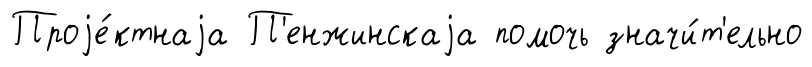
Проjе́ктнаjа П'енжинскаjа помочь значи́т'ельно